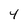
Character: 4